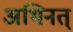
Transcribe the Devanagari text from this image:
अभिनत्